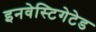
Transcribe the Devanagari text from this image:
इनवेस्टिगेटेड